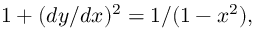
1 + ( d y / d x ) ^ { 2 } = 1 / ( 1 - x ^ { 2 } ) ,